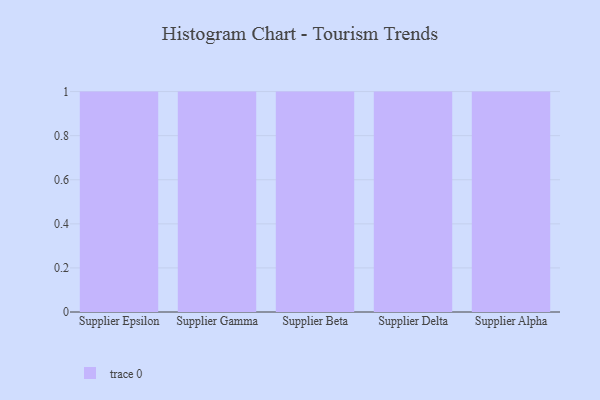
{"axis": {"x": "Supplier", "y": "Active Users"}, "legend": [""], "data": [{"x": "Supplier Epsilon", "y": 48, "type": ""}, {"x": "Supplier Gamma", "y": 28, "type": ""}, {"x": "Supplier Beta", "y": 78, "type": ""}, {"x": "Supplier Delta", "y": 5, "type": ""}, {"x": "Supplier Alpha", "y": 61, "type": ""}]}